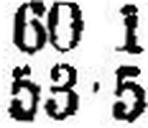
53•5